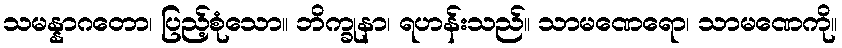
သမန္နာဂတော၊ ပြည့်စုံသော။ ဘိက္ခုနာ၊ ရဟန်းသည်။ သာမဏေရော၊ သာမဏေကို။